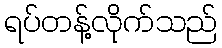
ရပ်တန့်လိုက်သည်